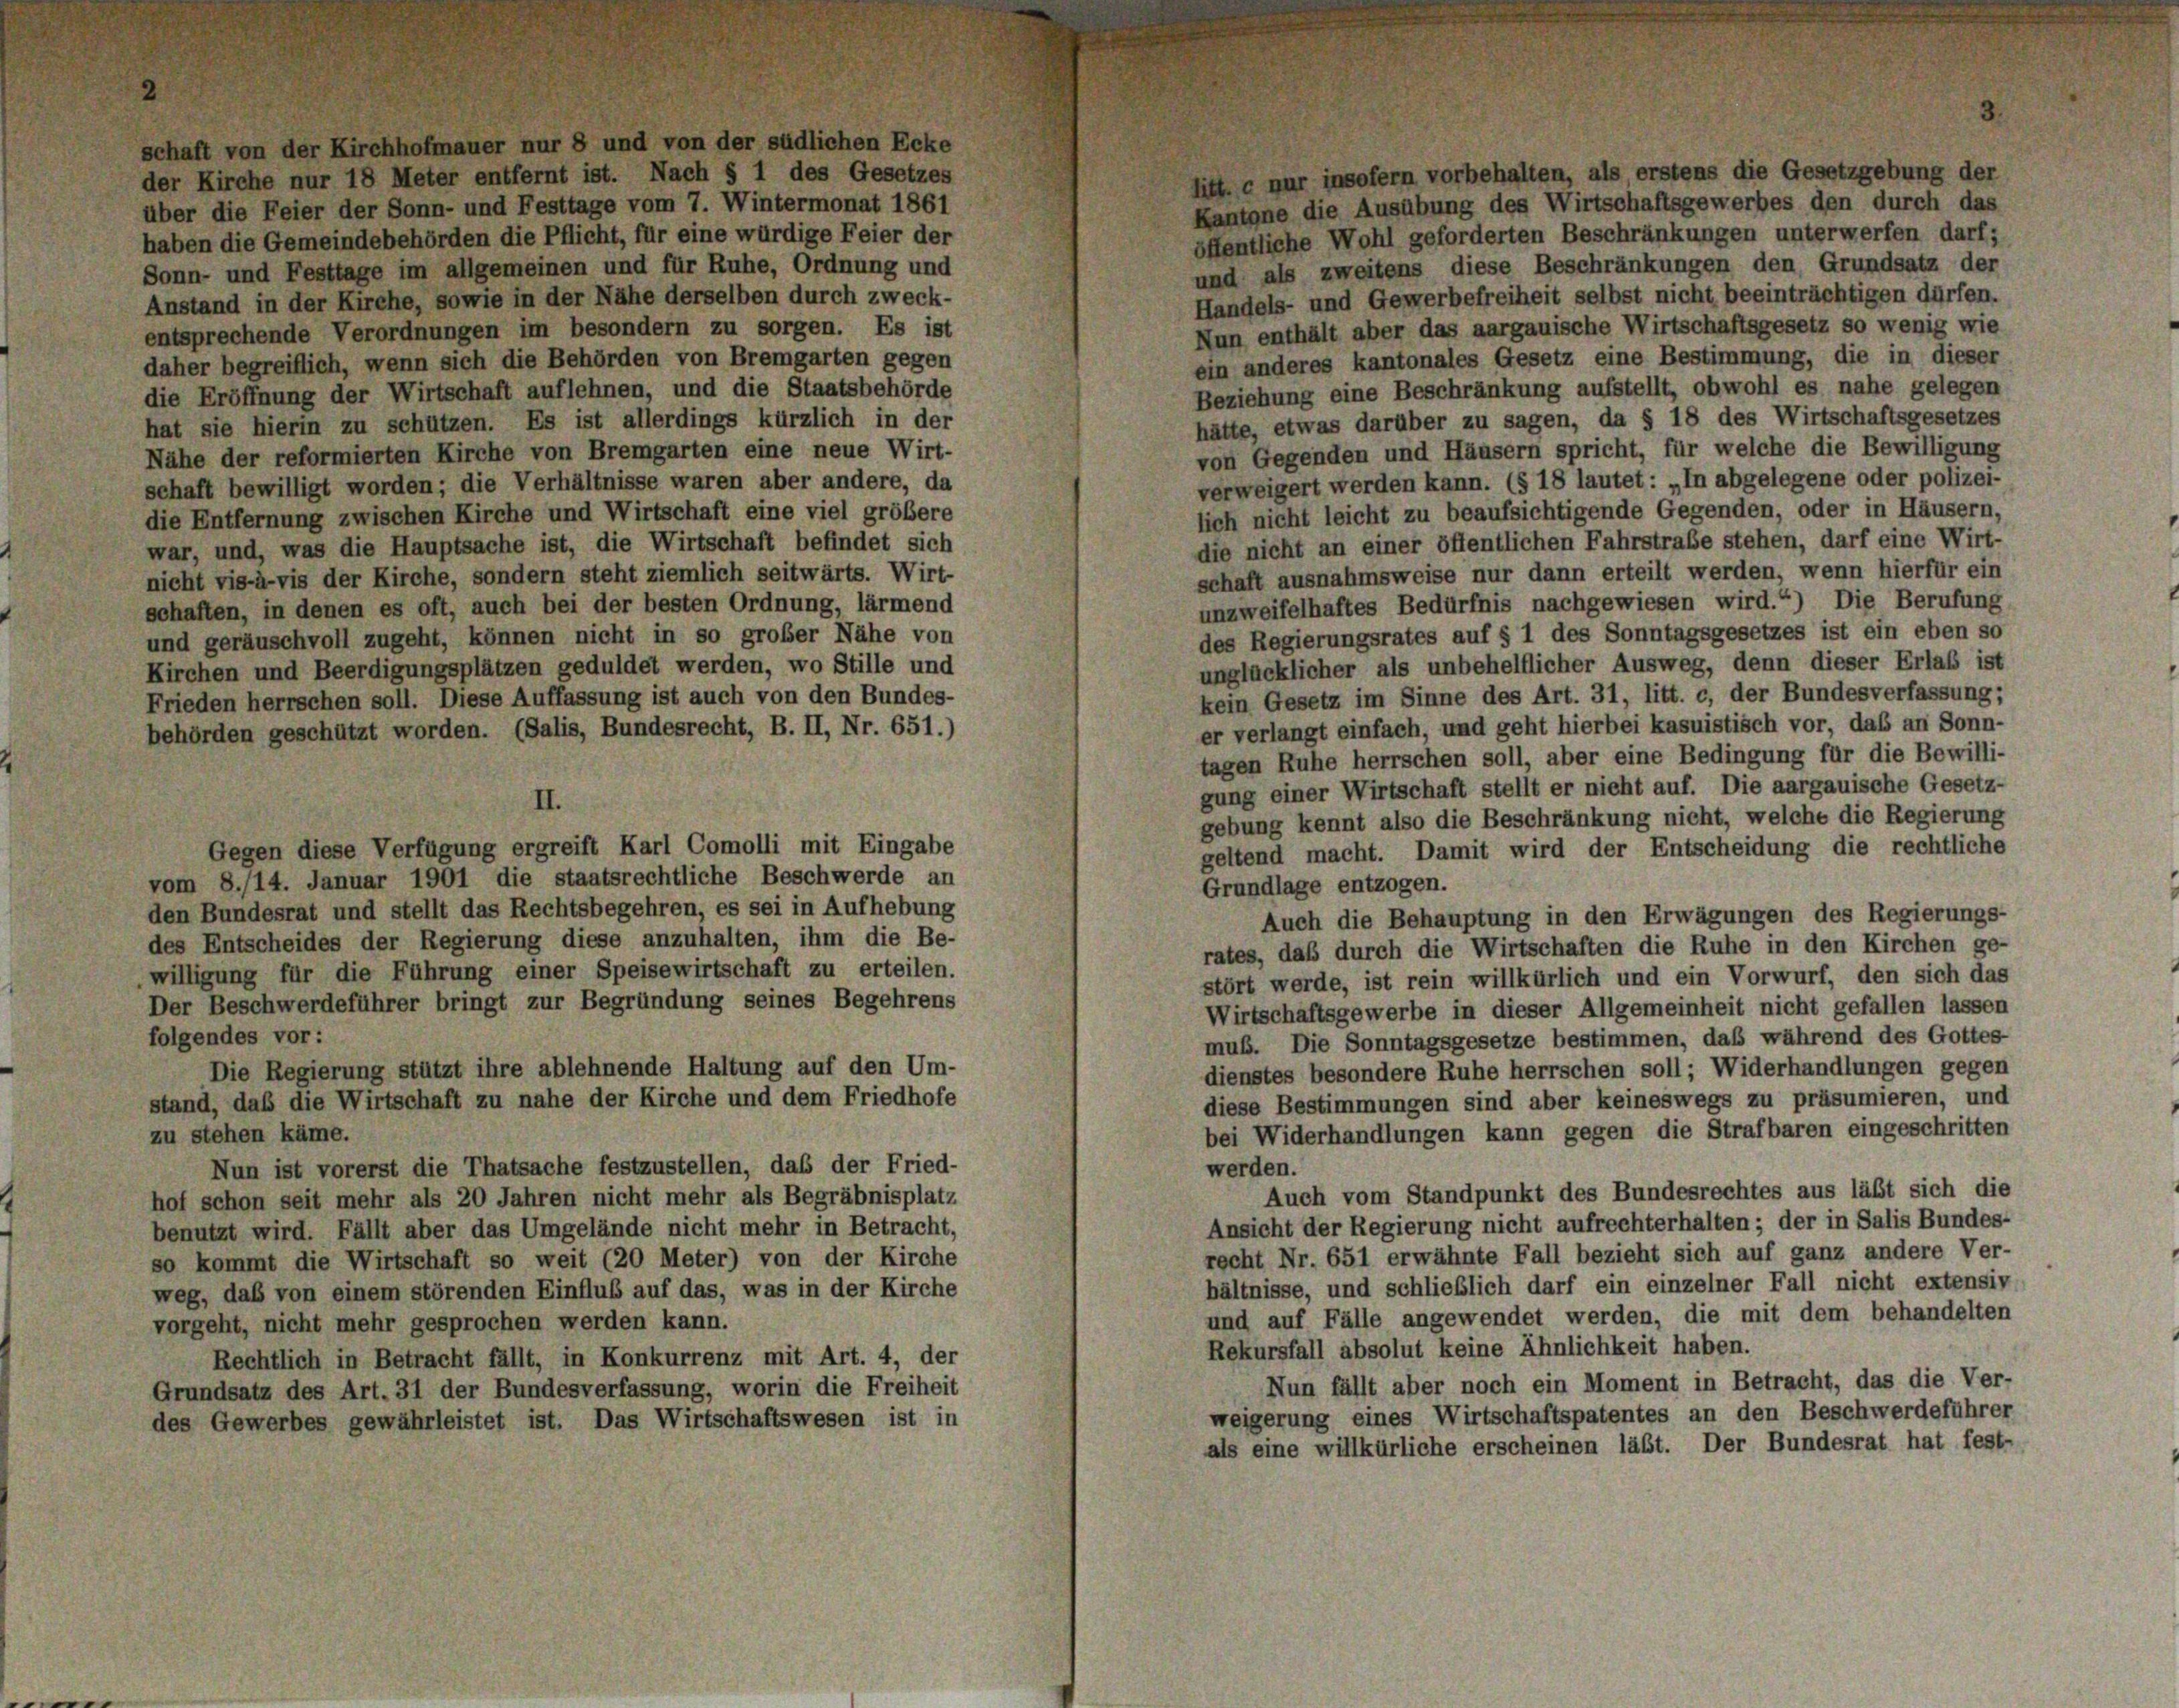
schaft von der Kirchhofmauer nur 8 und von der südlichen Ecke
litt. c nur insofern vorbehalten, als erstens die Gesetzgebung der
der Kirche nur 18 Meter entfernt ist. Nach § 1 des Gesetzes
Kantone die Ausübung des Wirtschaftsgewerbes den durch das
über die Feier der Sonn- und Festtage vom 7. Wintermonat 1861
öffentliche Wohl geforderten Beschränkungen unterwerfen darf;
haben die Gemeindebehörden die Pflicht, für eine würdige Feier der
und als zweitens diese Beschränkungen den Grundsatz der
Sonn- und Festtage im allgemeinen und für Ruhe, Ordnung und
Handels- und Gewerbefreiheit selbst nicht beeinträchtigen dürfen.
Anstand in der Kirche, sowie in der Nähe derselben durch zweck-
Nun enthält aber das aargauische Wirtschaftsgesetz so wenig wie
entsprechende Verordnungen im besondern zu sorgen. Es ist
ein anderes kantonales Gesetz eine Bestimmung, die in dieser
daher begreiflich, wenn sich die Behörden von Bremgarten gegen
Beziehung eine Beschränkung aufstellt, obwohl es nahe gelegen
die Eröffnung der Wirtschaft auflehnen, und die Staatsbehörde
hätte, etwas darüber zu sagen, da § 18 des Wirtschaftsgesetzes
hat sie hierin zu schützen. Es ist allerdings kürzlich in der
von Gegenden und Häusern spricht, für welche die Bewilligung
Nähe der reformierten Kirche von Bremgarten eine neue Wirt-
verweigert werden kann. (§ 18 lautet: „In abgelegene oder polizei-
schaft bewilligt worden; die Verhältnisse waren aber andere, da
lich nicht leicht zu beaufsichtigende Gegenden, oder in Häusern,
die Entfernung zwischen Kirche und Wirtschaft eine viel größere
die nicht an einer öffentlichen Fahrstraße stehen, darf eine Wirt-
war, und, was die Hauptsache ist, die Wirtschaft befindet sich
schaft ausnahmsweise nur dann erteilt werden, wenn hierfür ein
nicht vis-à-vis der Kirche, sondern steht ziemlich seitwärts. Wirt-
unzweifelhaftes Bedürfnis nachgewiesen wird.“) Die Berufung
schaften, in denen es oft, auch bei der besten Ordnung, lärmend
des Regierungsrates auf § 1 des Sonntagsgesetzes ist ein eben so
und geräuschvoll zugeht, können nicht in so großer Nähe von
unglücklicher als unbehelflicher Ausweg, denn dieser Erlas ist
Kirchen und Beerdigungsplätzen geduldet werden, wo Stille und
kein Gesetz im Sinne des Art. 31, litt. c, der Bundesverfassung;
Frieden herrschen soll. Diese Auffassung ist auch von den Bundes-
er verlangt einfach, und geht hierbei kasuistisch vor, daß an Sonn-
behörden geschützt worden. (Salis, Bundesrecht, B. II, Nr. 651.)
tagen Ruhe herrschen soll, aber eine Bedingung für die Bewilli-
gung einer Wirtschaft stellt er nicht auf. Die aargauische Gesetz-
II.
gebung kennt also die Beschränkung nicht, welche die Regierung
Gegen diese Verfügung ergreift Karl Comolli mit Eingabe
geltend macht. Damit wird der Entscheidung die rechtliche
vom 8./14. Januar 1901 die staatsrechtliche Beschwerde an
Grundlage entzogen.
den Bundesrat und stellt das Rechtsbegehren, es sei in Aufhebung
Auch die Behauptung in den Erwägungen des Regierungs-
des Entscheides der Regierung diese anzuhalten, ihm die Be-
rates, daß durch die Wirtschaften die Ruhe in den Kirchen ge-
willigung für die Führung einer Speisewirtschaft zu erteilen.
stört werde, ist rein willkürlich und ein Vorwurf, den sich das
Der Beschwerdeführer bringt zur Begründung seines Begehrens
Wirtschaftsgewerbe in dieser Allgemeinheit nicht gefallen lassen
folgendes vor:
muß. Die Sonntagsgesetze bestimmen, daß während des Gottes
Die Regierung stützt ihre ablehnende Haltung auf den Um-
dienstes besondere Ruhe herrschen soll; Widerhandlungen gegen
stand, daß die Wirtschaft zu nahe der Kirche und dem Friedhofe
diese Bestimmungen sind aber keineswegs zu präsumieren, und
bei Widerhandlungen kann gegen die Strafbaren eingeschritten
zu stehen käme.
Nun ist vorerst die Thatsache festzustellen, daß der Fried-
werden.
Auch vom Standpunkt des Bundesrechtes aus läßt sich die
hof schon seit mehr als 20 Jahren nicht mehr als Begräbnisplatz
Ansicht der Regierung nicht aufrechterhalten; der in Salis Bundes-
benutzt wird. Fällt aber das Umgelände nicht mehr in Betracht,
recht Nr. 651 erwähnte Fall bezieht sich auf ganz andere Ver-
so kommt die Wirtschaft so weit (20 Meter) von der Kirche
hältnisse, und schließlich darf ein einzelner Fall nicht extensiv
weg, daß von einem störenden Einflub auf das, was in der Kirche
und auf Fälle angewendet werden, die mit dem behandelten
vorgeht, nicht mehr gesprochen werden kann.
Rekursfall absolut keine Ähnlichkeit haben.
Rechtlich in Betracht fällt, in Konkurrenz mit Art. 4, der
Nun fällt aber noch ein Moment in Betracht, das die Ver-
Grundsatz des Art. 31 der Bundesverfassung, worin die Freiheit
weigerung eines Wirtschaftspatentes an den Beschwerdeführer
des Gewerbes gewährleistet ist. Das Wirtschaftswesen ist in
als eine willkürliche erscheinen läßt. Der Bundesrat hat fest-